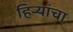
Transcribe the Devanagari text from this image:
हिर्‍यांचा